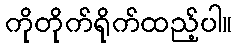
ကိုတိုက်ရိုက်ထည့်ပါ။